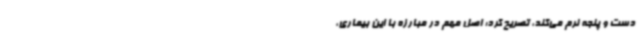
دست و پنجه نرم می‌کند، تصریح کرد: اصل مهم در مبارزه با این بیماری،